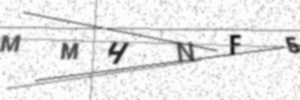
Text: MMHNF5